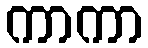
ကာကာ